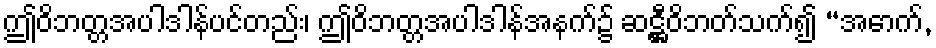
ဤဝိဘတ္တအပါဒါန်ပင်တည်း၊ ဤဝိဘတ္တအပါဒါန်အနက်၌ ဆဋ္ဌီဝိဘတ်သက်၍ “အောက်,